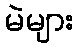
မဲများ